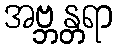
အဗ္ဘန္တရာ